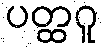
ပတ္ထဂူ